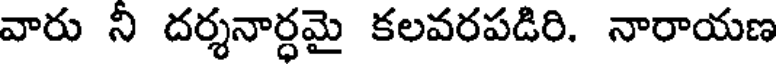
వారు నీ దర్శనార్ధమై కలవరపడిరి. నారాయణ